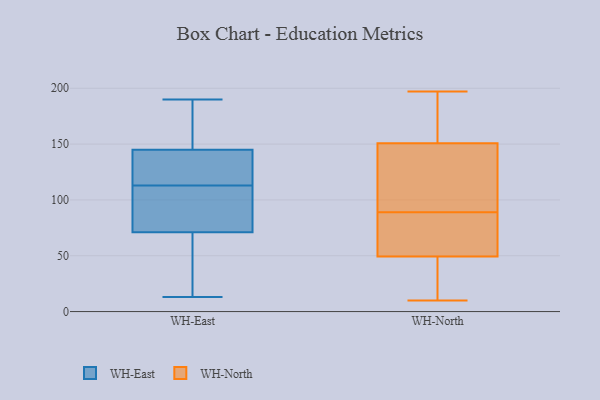
{"axis": {"x": "Production Output", "y": "Value"}, "legend": ["WH-East", "WH-North"], "data": [{"x": "", "y": 110, "type": "WH-East"}, {"x": "", "y": 163, "type": "WH-East"}, {"x": "", "y": 73, "type": "WH-East"}, {"x": "", "y": 184, "type": "WH-East"}, {"x": "", "y": 13, "type": "WH-East"}, {"x": "", "y": 46, "type": "WH-East"}, {"x": "", "y": 116, "type": "WH-East"}, {"x": "", "y": 27, "type": "WH-East"}, {"x": "", "y": 143, "type": "WH-East"}, {"x": "", "y": 135, "type": "WH-East"}, {"x": "", "y": 78, "type": "WH-East"}, {"x": "", "y": 66, "type": "WH-East"}, {"x": "", "y": 190, "type": "WH-East"}, {"x": "", "y": 141, "type": "WH-East"}, {"x": "", "y": 71, "type": "WH-East"}, {"x": "", "y": 162, "type": "WH-East"}, {"x": "", "y": 97, "type": "WH-East"}, {"x": "", "y": 145, "type": "WH-East"}, {"x": "", "y": 108, "type": "WH-North"}, {"x": "", "y": 197, "type": "WH-North"}, {"x": "", "y": 84, "type": "WH-North"}, {"x": "", "y": 89, "type": "WH-North"}, {"x": "", "y": 49, "type": "WH-North"}, {"x": "", "y": 50, "type": "WH-North"}, {"x": "", "y": 30, "type": "WH-North"}, {"x": "", "y": 125, "type": "WH-North"}, {"x": "", "y": 104, "type": "WH-North"}, {"x": "", "y": 83, "type": "WH-North"}, {"x": "", "y": 154, "type": "WH-North"}, {"x": "", "y": 10, "type": "WH-North"}, {"x": "", "y": 176, "type": "WH-North"}, {"x": "", "y": 52, "type": "WH-North"}, {"x": "", "y": 39, "type": "WH-North"}, {"x": "", "y": 179, "type": "WH-North"}, {"x": "", "y": 141, "type": "WH-North"}, {"x": "", "y": 177, "type": "WH-North"}, {"x": "", "y": 34, "type": "WH-North"}]}